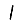
Digit: 1